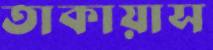
তাকায়াস